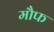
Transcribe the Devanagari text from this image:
मौफ